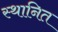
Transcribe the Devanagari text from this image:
स्थानित